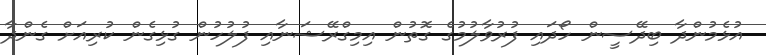
އުޅެމުންދާ ބިދޭސީން ހޯދައި ފުރުވާލުމުގެ ގޮތުން އިމިގްރޭޝަނާއި ފުލުހުން ގުޅިގެން ކުރިއަށް ގެންދާ